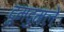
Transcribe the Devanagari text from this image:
दुमदुमले